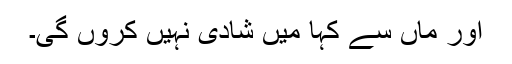
اور ماں سے کہا میں شادی نہیں کروں گی۔